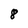
Character: 8